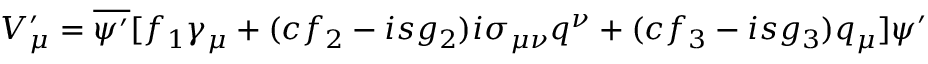
V _ { \mu } ^ { \prime } = \overline { { { \psi ^ { \prime } } } } [ f _ { 1 } \gamma _ { \mu } + ( c f _ { 2 } - i s g _ { 2 } ) i \sigma _ { \mu \nu } q ^ { \nu } + ( c f _ { 3 } - i s g _ { 3 } ) q _ { \mu } ] \psi ^ { \prime }